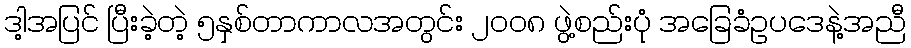
ဒါ့အပြင် ပြီးခဲ့တဲ့ ၅နှစ်တာကာလအတွင်း ၂၀၀၈ ဖွဲ့စည်းပုံ အခြေခံဥပဒေနဲ့အညီ